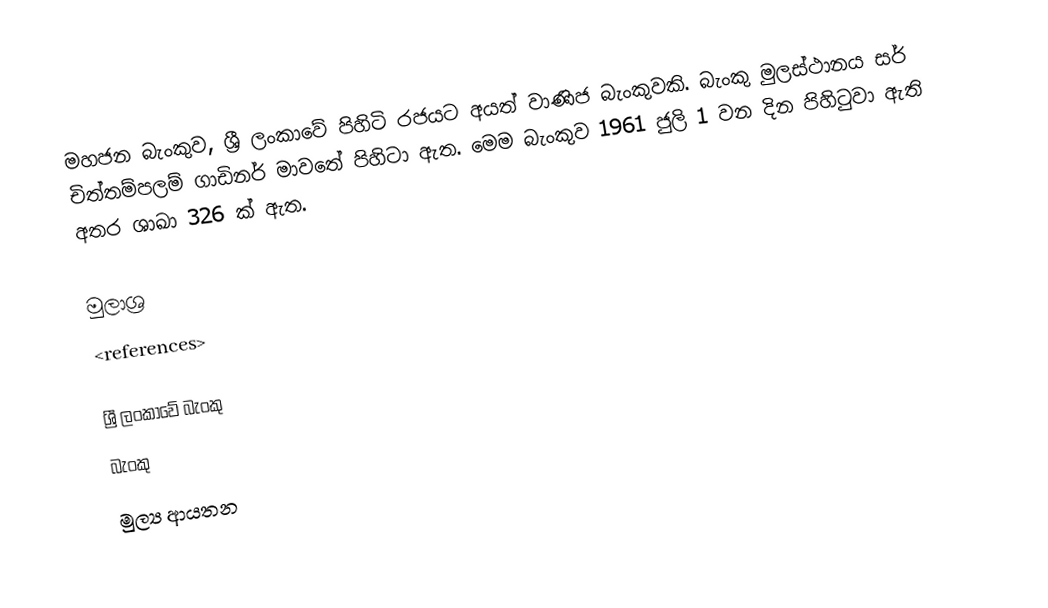
මහජන බැංකුව, ශ්‍රී ලංකාවේ පිහිටි රජයට අයත් වාණිජ බැංකුවකි. බැංකු මුලස්ථානය සර් චිත්තම්පලම් ගාඩිනර් මාවතේ පිහිටා ඇත. මෙම බැංකුව 1961 ජුලි 1 වන දින පිහිටුවා ඇති අතර ශාඛා  326 ක් ඇත.

මුලාශ්‍ර
<references>

ශ්‍රී ලංකාවේ බැංකු
බැංකු
මුල්‍ය ආයතන